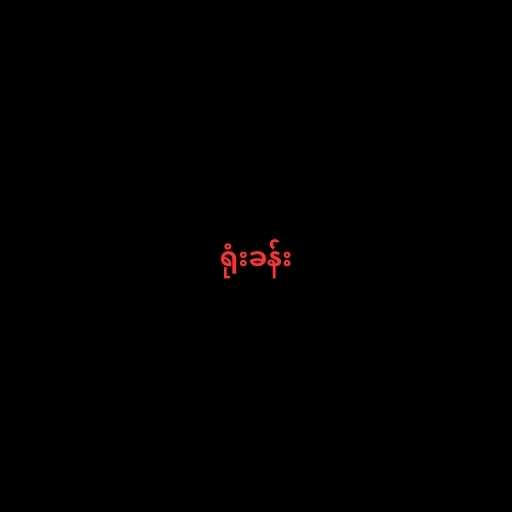
ရုံးခန်း